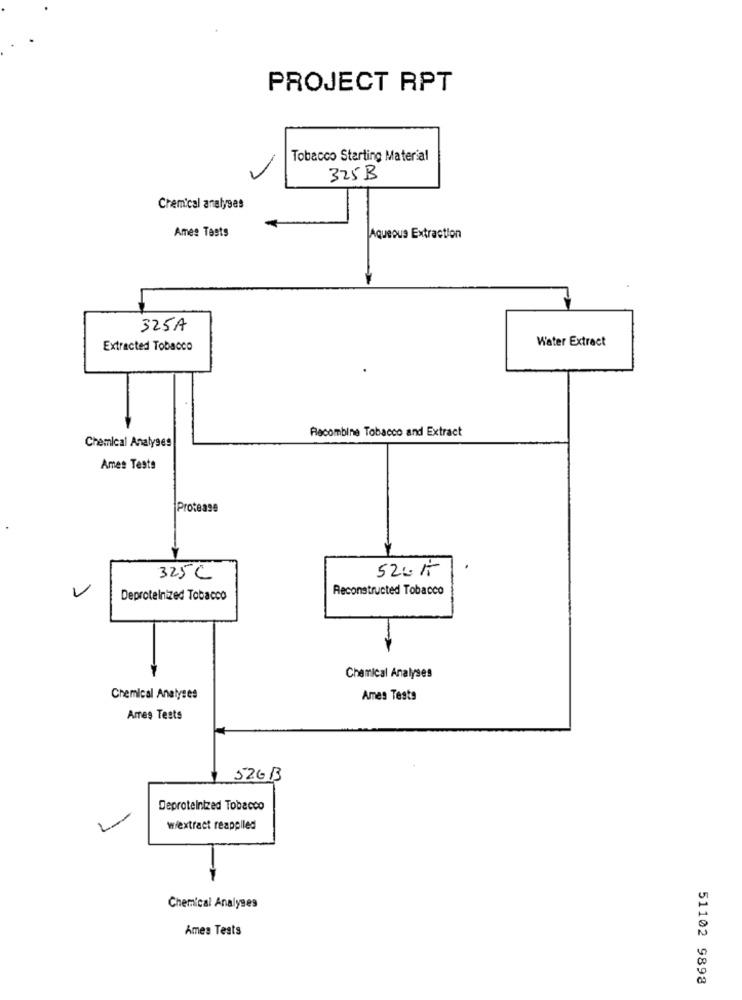
PROJECT RPT
Tobacco Starting Material
325B
Chemical analyses
Ames Tests
Aqueous Extraction
325A
Water Extract
Extracted Tobacco
Recombine Tobacco and Extract
Chemical Analyses
Ames Tests
Protease
N
325C
Reconstructed Tobacco
Deproteinized Tobacco
Chemical Analyses
Chemical Analyses
Ames Tests
Arres Tests
$ 52GB
Deproteinized Tobacco
wiextract reapplied
Chemical Analyses
Ames Tests
51102 9898